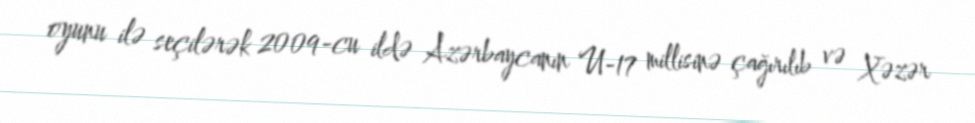
oyunu ilə seçilərək 2009-cu ildə Azərbaycanın U-17 millisinə çağırılıb və Xəzər